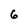
Character: 6